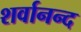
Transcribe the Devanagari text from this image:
शर्वानन्द